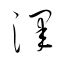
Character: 澤